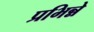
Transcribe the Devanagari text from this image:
प्रभिन्ने